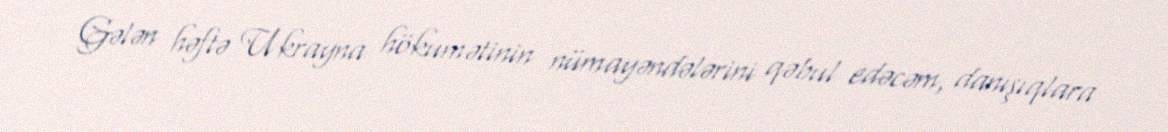
Gələn həftə Ukrayna hökumətinin nümayəndələrini qəbul edəcəm, danışıqlara